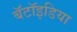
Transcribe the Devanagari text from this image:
बॅटॉइडिया